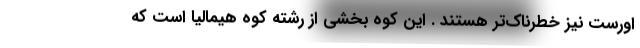
اورست نیز خطرناک‌تر هستند . این کوه بخشی از رشته کوه هیمالیا است که